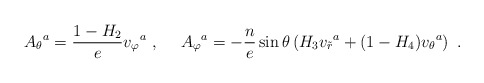
\begin{align*}{A_{\theta}}^a= \frac{1-H_2}{e} {v_{\varphi}}^a\ , \ \ \ \ {A_{\varphi}}^a=- \frac{n}{e}\sin\theta \left(H_3{v_{\tilde{r}}}^a+(1-H_4) {v_{\theta}}^a \right)\ .\end{align*}